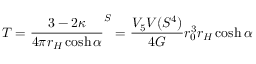
T = \frac { 3 - 2 \kappa } { 4 \pi r _ { H } \cosh \alpha } \sp S = \frac { V _ { 5 } V ( S ^ { 4 } ) } { 4 G } r _ { 0 } ^ { 3 } r _ { H } \cosh \alpha